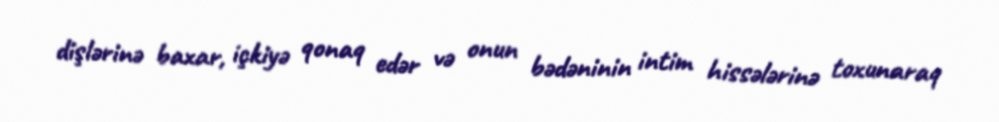
dişlərinə baxar, içkiyə qonaq edər və onun bədəninin intim hissələrinə toxunaraq